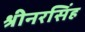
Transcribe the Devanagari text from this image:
श्रीनरसिंह